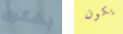
بشكوى يكون